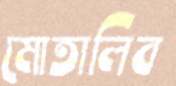
মোতালিব